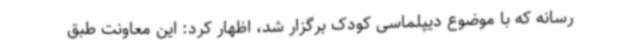
رسانه که با موضوع دیپلماسی کودک برگزار شد، اظهار کرد: این معاونت طبق